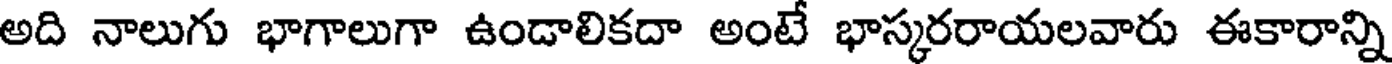
అది నాలుగు భాగాలుగా ఉండాలికదా అంటే భాస్కరరాయలవారు ఈకారాన్ని